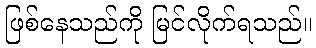
ဖြစ်နေသည်ကို မြင်လိုက်ရသည်။